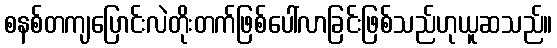
စနစ်တကျပြောင်းလဲတိုးတက်ဖြစ်ပေါ်လာခြင်းဖြစ်သည်ဟုယူဆသည်။